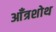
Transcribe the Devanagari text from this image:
आँत्रशोथ